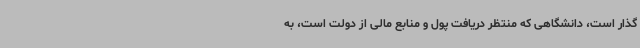
گذار است، دانشگاهی که منتظر دریافت پول و منابع مالی از دولت است، به